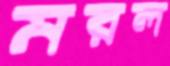
মরল